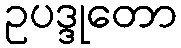
ဥပဒ္ဒုတော